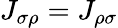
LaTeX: J_{\sigma\rho}=J_{\rho\sigma}